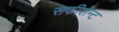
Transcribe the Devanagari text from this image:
सफीशेन्ट